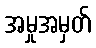
အမှုအမှတ်